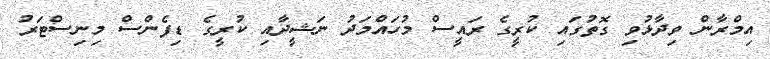
އިމްރާން ވިދާޅުވި ގޮތުގައި ކުރީގެ ރައީސް މުހައްމަދު ނަޝީދާއި ކުރީގެ ޑިފެންސް މިނިސްޓަރު